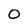
Character: O